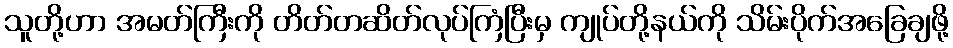
သူတို့ဟာ အမတ်ကြီးကို တိတ်တဆိတ်လုပ်ကြံပြီးမှ ကျုပ်တို့နယ်ကို သိမ်းပိုက်အခြေချဖို့